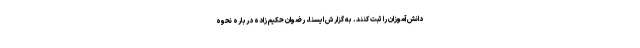
دانش آموزان را ثبت کنند. به گزارش ایسنا، رضوان حکیم زاده درباره نحوه